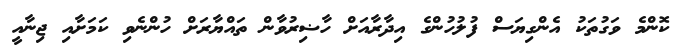
ކޮންމެ ވަގުތަކު އެންގިޔަސް ފުލުހުންގެ އިދާރާއަށް ހާޟިރުވާން ތައްޔާރަށް ހުންނެވި ކަމަށާއި ޖިނާއީ